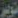
نوير